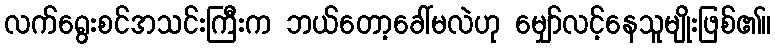
လက်ရွေးစင်အသင်းကြီးက ဘယ်တော့ခေါ်မလဲဟု မျှော်လင့်နေသူမျိုးဖြစ်၏။